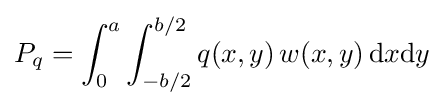
P_{q}=\int _{0}^{a}\int _{-b/2}^{b/2}q(x,y)\,w(x,y)\,{\text{d}}x{\text{d}}y